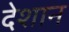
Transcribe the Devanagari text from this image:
देशान